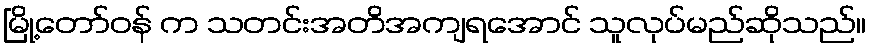
မြို့တော်ဝန် က သတင်းအတိအကျရအောင် သူလုပ်မည်ဆိုသည်။